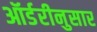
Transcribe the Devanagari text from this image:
ऑर्डरीनुसार